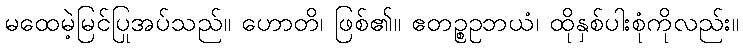
မထေမဲ့မြင်ပြုအပ်သည်။ ဟောတိ၊ ဖြစ်၏။ ဧတဉ္စဥဘယံ၊ ထိုနှစ်ပါးစုံကိုလည်း။